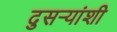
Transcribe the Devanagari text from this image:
दुसऱ्यांशी